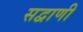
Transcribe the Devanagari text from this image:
सद्वाणी